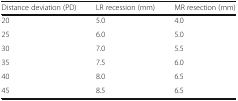
| Distance deviation (PD) | LR recession (mm) | MR resection (mm) |
 | --- | --- | --- |
 | 20 | 5.0 | 4.0 |
 | 25 | 6.0 | 5.0 |
 | 30 | 7.0 | 5.5 |
 | 35 | 7.5 | 6.0 |
 | 40 | 8.0 | 6.5 |
 | 45 | 8.5 | 6.5 |